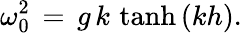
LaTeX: \omega_{0}^{2}\, =\, g\, k\, \operatorname{tanh}\, (kh).